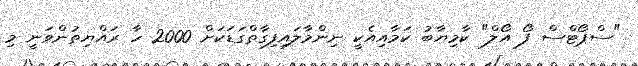
"ސްޕޯޓްސް ފޯ އޯލް" ކާމިޔާބު ކަމާއިއެކީ ނިންމާލައިފިގާތްގަޑަކަށް 2000 ހާ ރައްޔިތުންވަނީ މި